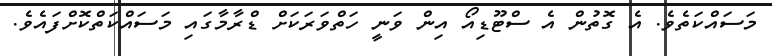
މަސައްކަތެވެ. އެ ގޮތުން އެ ސްޓޫޑިއޯ އިން ވަނީ ހަތްވަރަކަށް ޑްރާމާގައި މަސައްކަތްކޮށްފައެވެ.